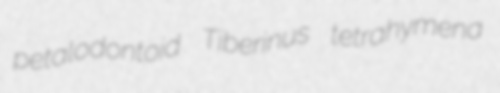
petalodontoid Tiberinus tetrahymena